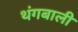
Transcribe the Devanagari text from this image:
थंगबाली